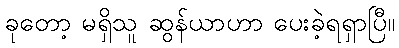
ခုတော့ မရှိသူ ဆွန်ယာဟာ ပေးခဲ့ရရှာပြီ။